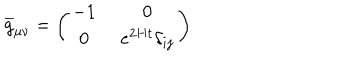
\overline { { { g } } } _ { \mu \nu } = \left( \begin{array} { c c } { { - 1 \, } } & { { \, 0 } } \\ { { 0 \, } } & { { \, e ^ { 2 H t } \delta _ { i j } } } \\ \end{array} \right)